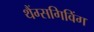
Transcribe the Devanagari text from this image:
थैंग्सगिविंग